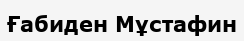
Ғабиден Мұстафин